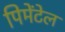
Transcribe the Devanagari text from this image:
पिमेंटेल